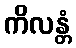
ကိလန္တံ